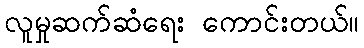
လူမှုဆက်ဆံရေး ကောင်းတယ်။